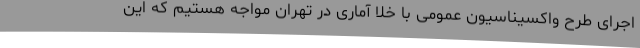
اجرای طرح واکسیناسیون عمومی با خلا آماری در تهران مواجه هستیم که این